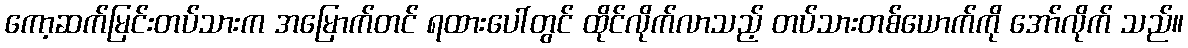
ကော့ဆက်မြင်းတပ်သားက အမြောက်တင် ရထားပေါ်တွင် ထိုင်လိုက်လာသည့် တပ်သားတစ်ယောက်ကို အော်လိုက် သည်။